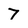
Character: 7